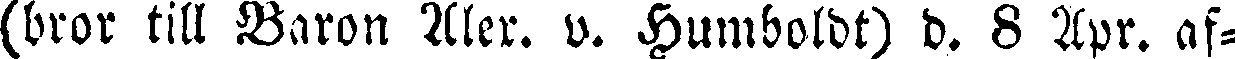
(bror till Baron Alex. v. Humboldt) d. 8 Apr. af-